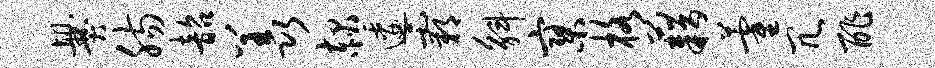
爨肠韶羡赧逶霸斛寥格藉藿冗酢